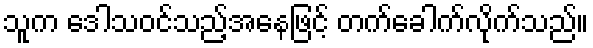
သူက ဒေါသဝင်သည့်အနေဖြင့် တက်ခေါက်လိုက်သည်။